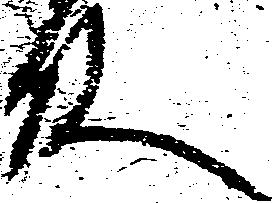
殿